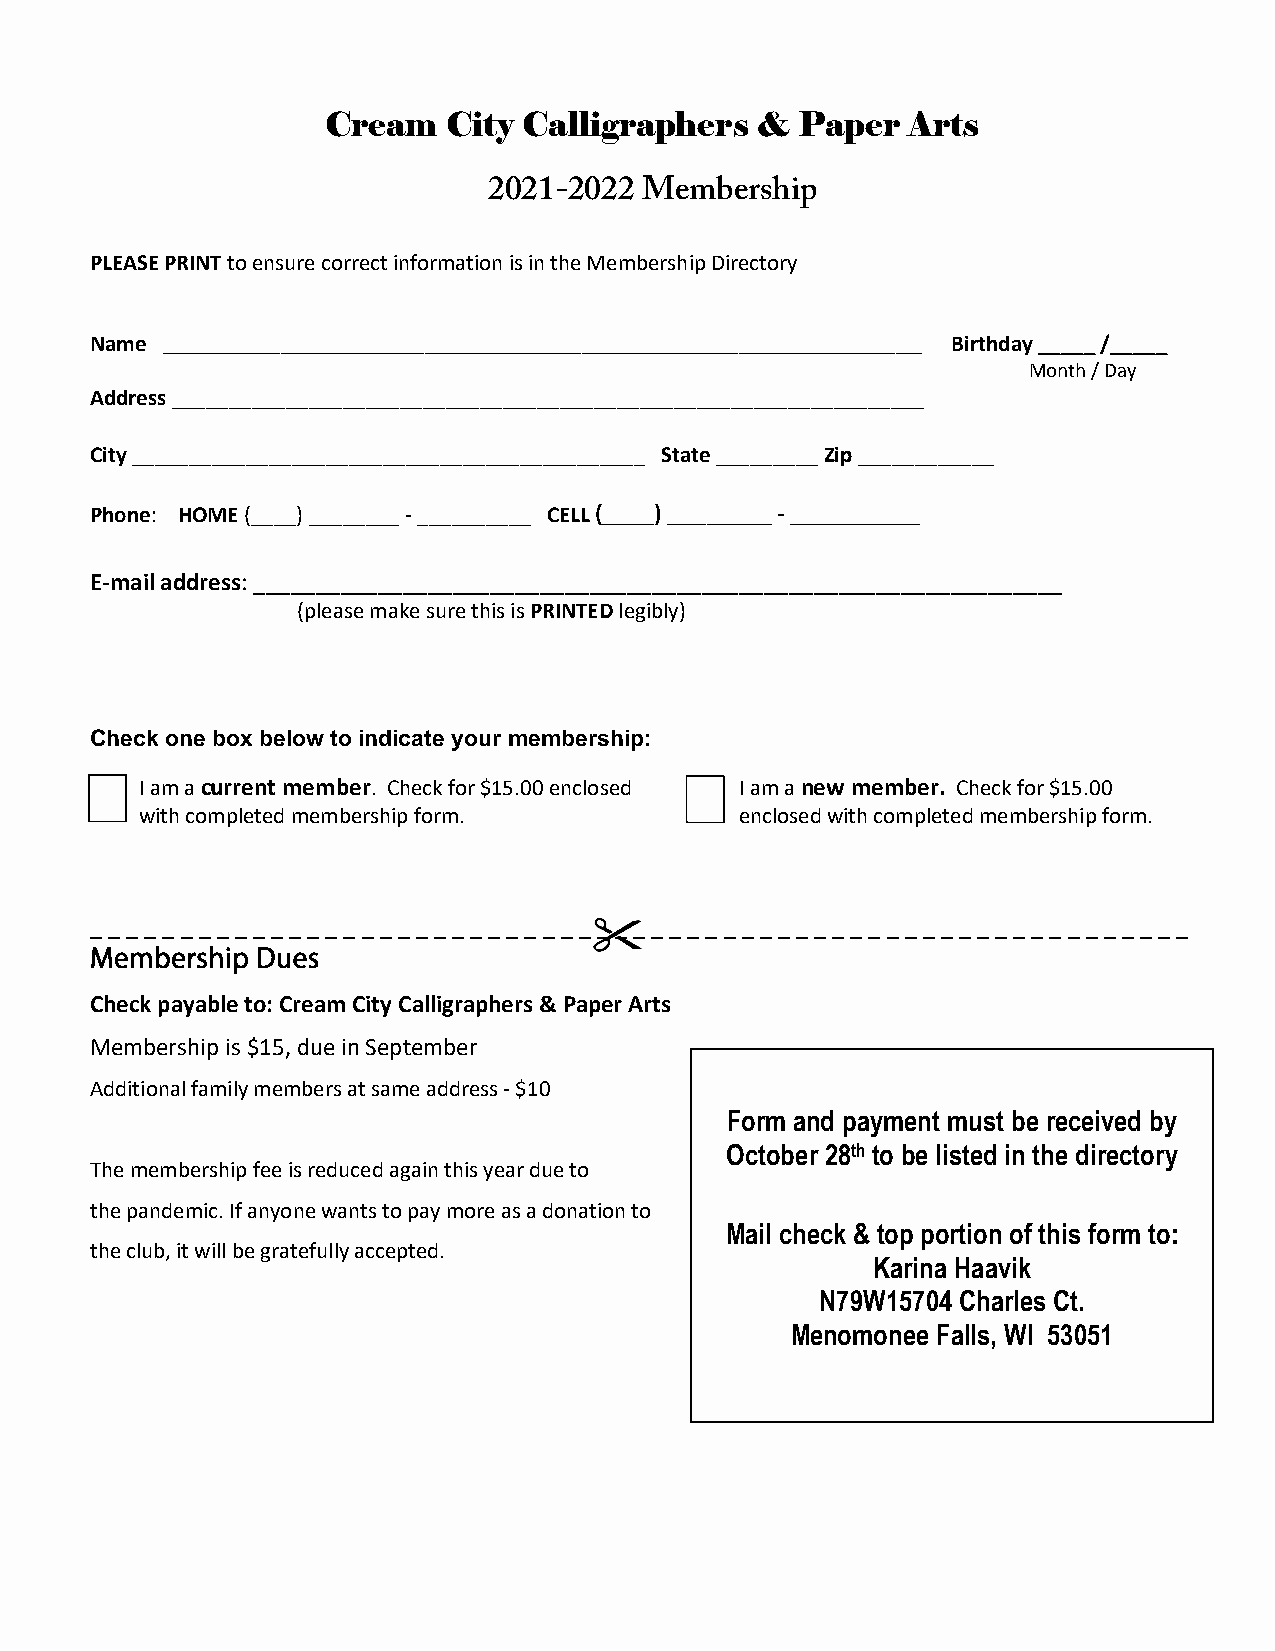
Cream   City Calligraphers  &  Paper  Arts
 2021-2022 Membership
 PLEASE PRINT to ensure correct information is in the Membership Directory
 Name __________________________________________________________ Birthday _____ /_____
 Month / Day
 Address __________________________________________________________________
 City _____________________________________________ State _________ Zip ____________
 Phone: HOME (____) ________ - __________ CELL (____) ________ - __________
 E-mail address: _________________________________________________________________
 (please make sure this is PRINTED legibly)
 Check one box below to indicate your membership:
 I am a current member. Check for $15.00 enclosed I am a new member. Check for $15.00
 with completed membership form.         enclosed with completed membership form.
 _ _ _ _ _ _ _ _ _ _ _ _ _ _ _ _ _ _ _ _ _ _ _ _ _ _ _ _ _ _ _ _ _ _ _ _ _ _ _ _ _ _ _ _ _ _ _ _ _ _ _ _ _ _ _ _ _ _ _ _ _
 Membership Dues
 Check payable to: Cream City Calligraphers & Paper Arts
 Membership is $15, due in September
 Additional family members at same address - $10
 Form and payment must be received by
 October 28th to be listed in the directory
 The membership fee is reduced again this year due to
 the pandemic. If anyone wants to pay more as a donation to
 Mail check & top portion of this form to:
 the club, it will be gratefully accepted.
 Karina Haavik
 N79W15704 Charles Ct.
 Menomonee Falls, WI 53051